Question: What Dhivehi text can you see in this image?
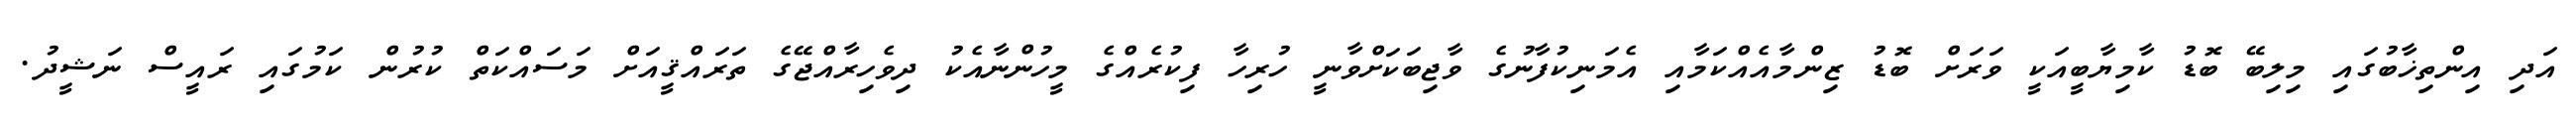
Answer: އަދި އިންތިޚާބުގައި މިލިބޭ ބޮޑު ކާމިޔާބީއަކީ ވަރަށް ބޮޑު ޒިންމާއެއްކަމާއި އެމަނިކުފާނުގެ ވާޖިބަކަށްވާނީ ހުރިހާ ފިކުރެއްގެ މީހުންނާއެކު ދިވެހިރާއްޖޭގެ ތަރައްޤީއަށް މަސައްކަތް ކުރުން ކަމުގައި ރައީސް ނަޝީދު.